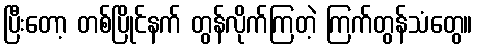
ပြီးတော့ တစ်ပြိုင်နက် တွန်လိုက်ကြတဲ့ ကြက်တွန်သံတွေ။